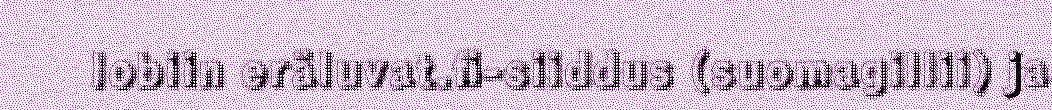
lobiin eräluvat.fi-siiddus (suomagillii) ja